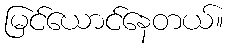
မြင်ယောင်နေတယ်။